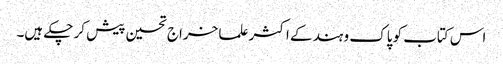
اس کتاب کو پاک و ہند کے اکثر علما خراج تحسین پیش کر چکے ہیں۔